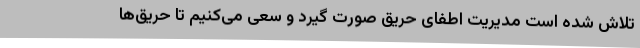
تلاش شده است مدیریت اطفای حریق صورت گیرد و سعی می‌کنیم تا حریق‌ها